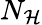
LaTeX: N_{\mathcal{H}}